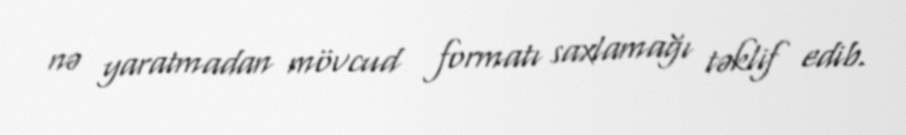
nə yaratmadan mövcud formatı saxlamağı təklif edib.